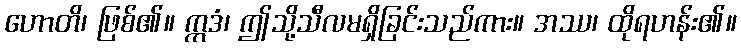
ဟောတိ၊ ဖြစ်၏။ ဣဒံ၊ ဤသို့သီလမရှိခြင်းသည်ကား။ အဿ၊ ထိုရဟန်း၏။